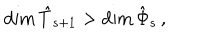
\textrm { d i m } \, \hat { T } _ { s + 1 } > \textrm { d i m } \, \hat { \Phi } _ { s } \, ,